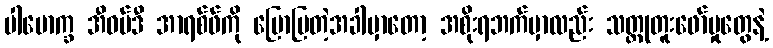
ပါမောက္ခ အီဝမ်ဒီ အာရစ်ဖ်ကို ပြောပြတဲ့အခါမှာတော့ အစိုးရဘက်မှာလည်း သတ္တုတူးဖော်မှုတွေနဲ့